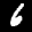
Label: 6